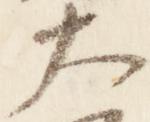
太